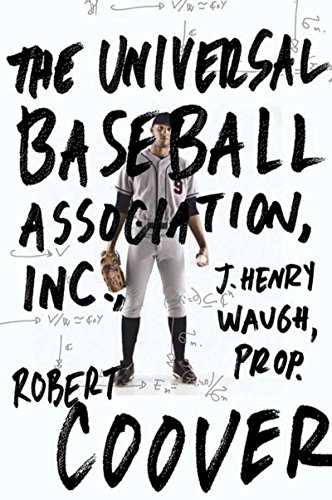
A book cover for The Universal Baseball Association; Robert Coover; Literature & Fiction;